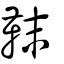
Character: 靺